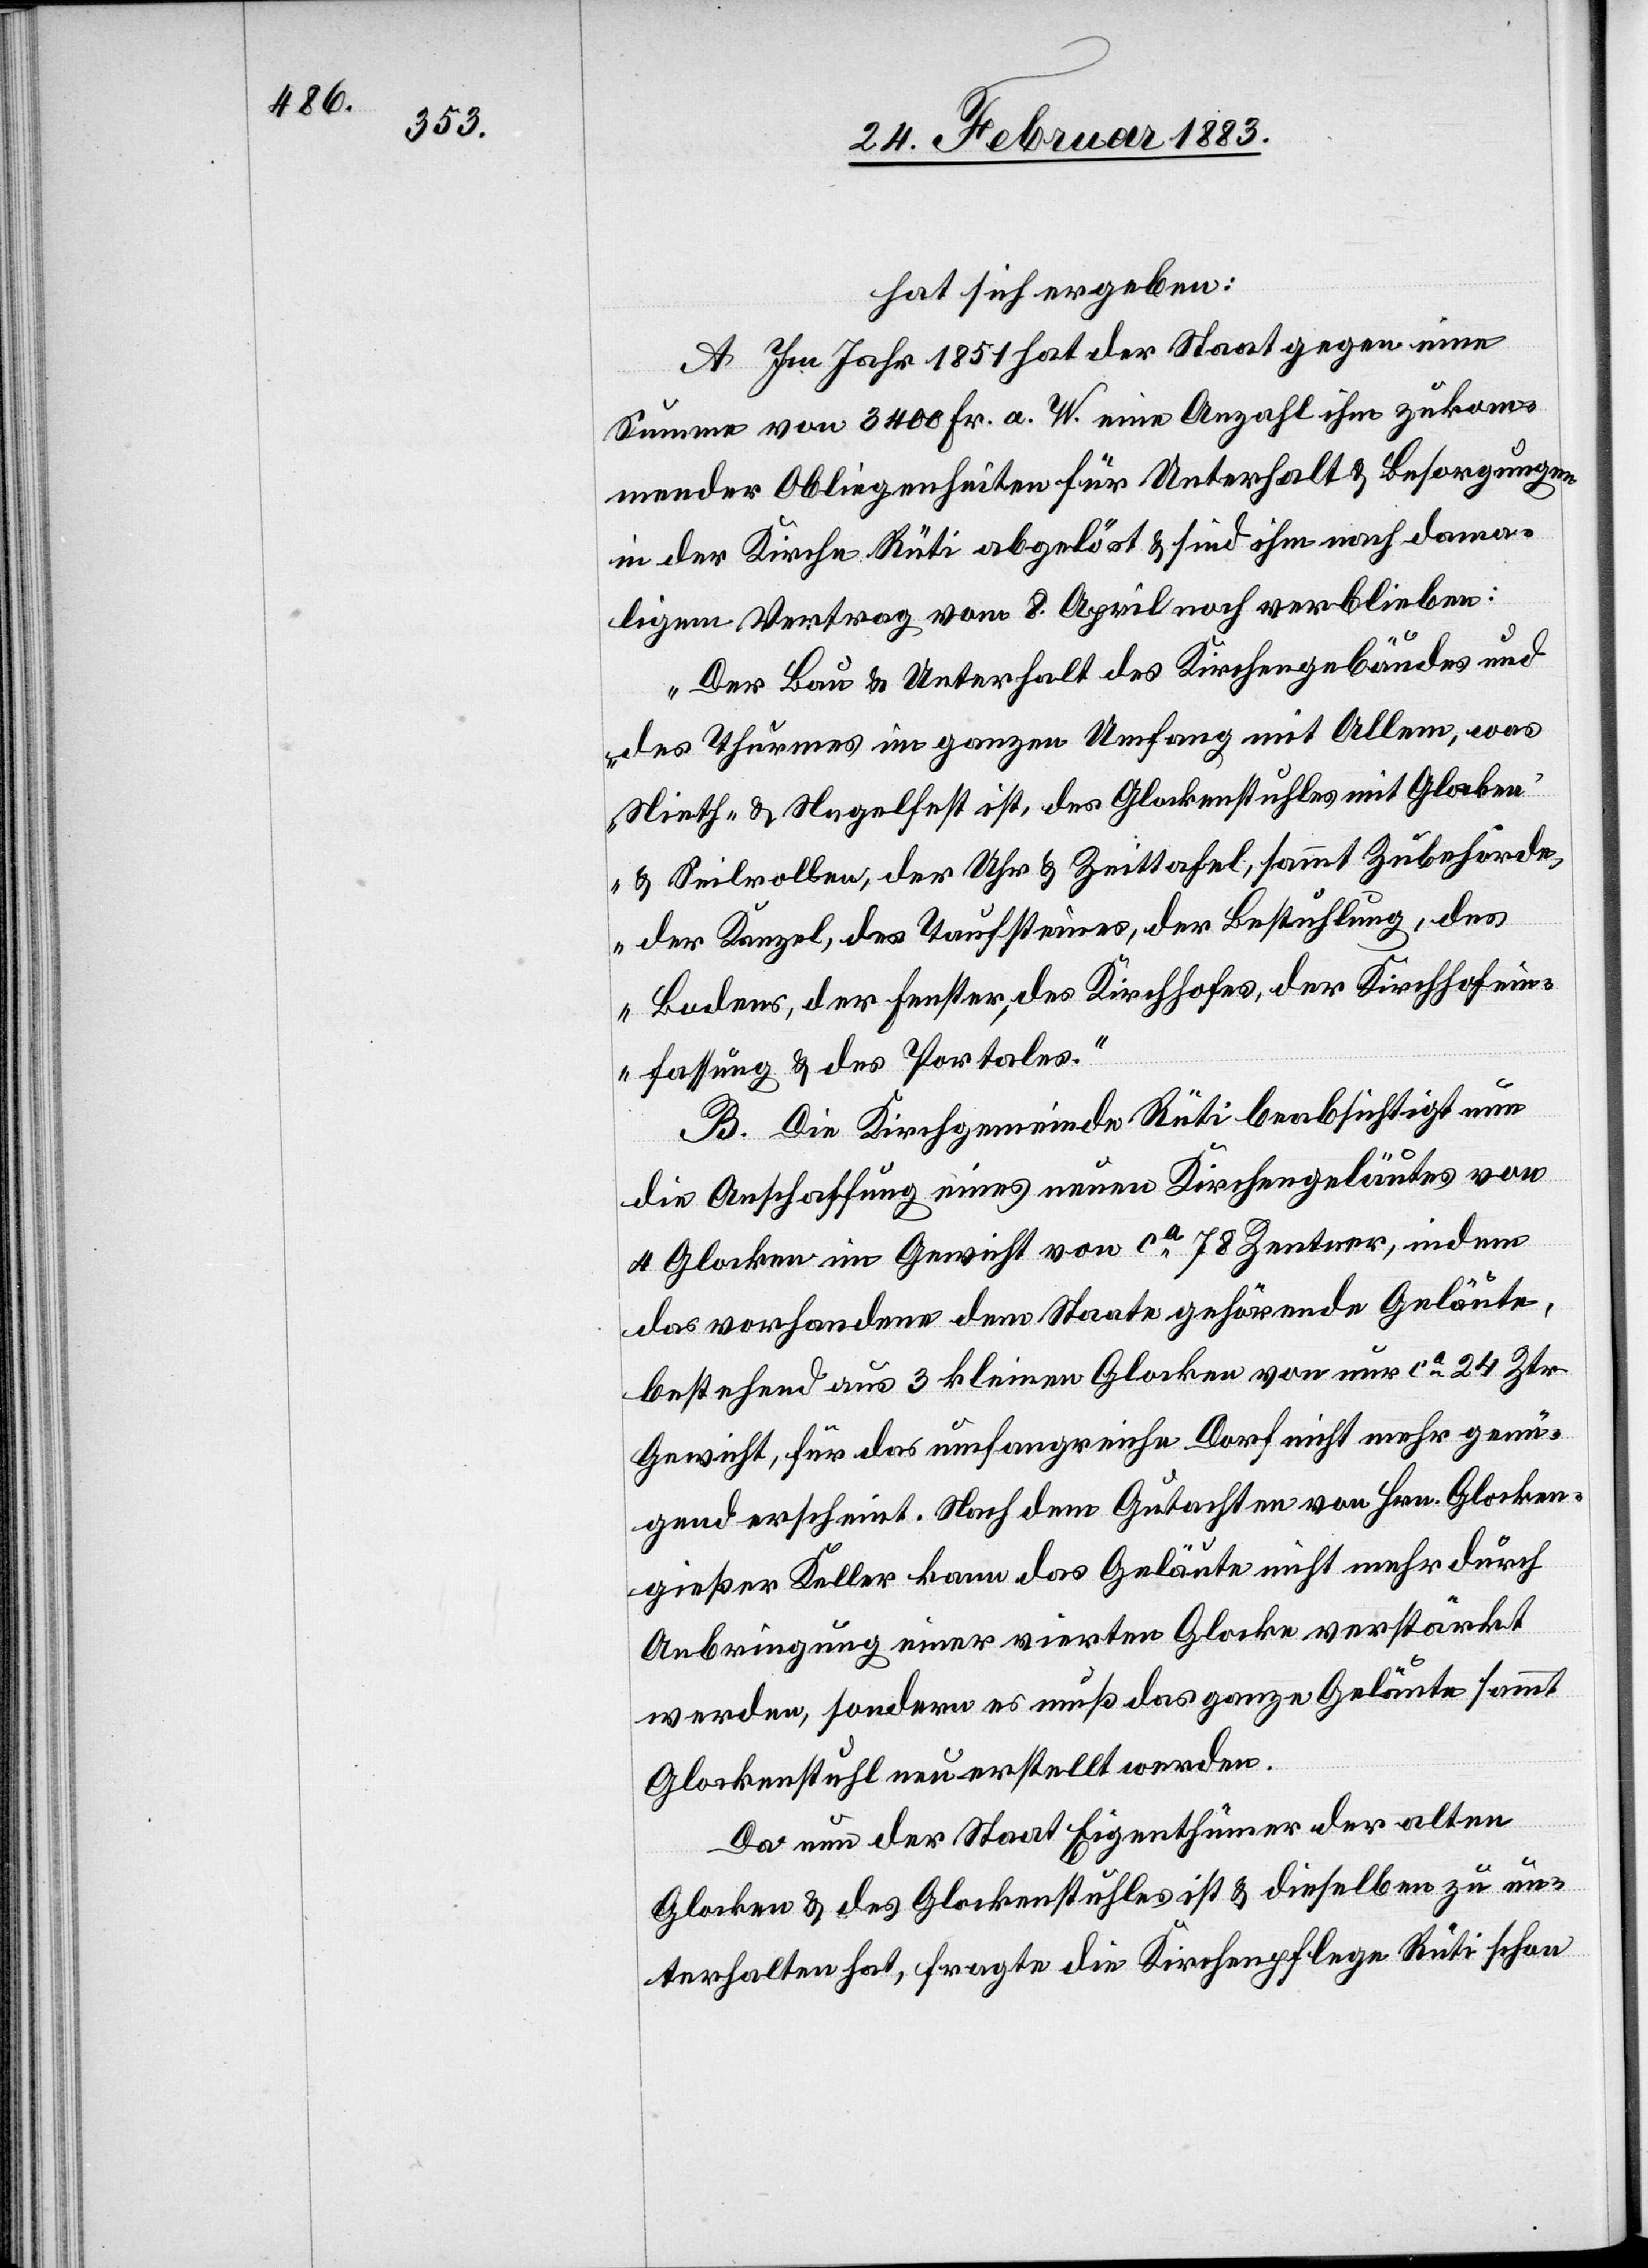
hat sich ergeben:
A. Im Jahr 1851 hat der Staat gegen eine
Summe von 3400 Fr. a. W. eine Anzahl ihm zukom¬
mender Obliegenheiten für Unterhalt & Besorgungen
in der Kirche Rüti abgelöst & sind ihm nach dama¬
ligem Vertrag vom 8. April noch verblieben:
„Der Bau & Unterhalt des Kirchengebäudes und
des Thurmes im ganzen Umfang mit Allem, was
Nieth- & Nagelfest ist, des Glockenstuhles mit Glocken
& Seilrollen, der Uhr & Zeittafel, sammt Zubehörde,
der Kanzel, des Taufsteines, der Bestuhlung, des
Bodens, der Fenster, des Kirchhofes, der Kirchhofein¬
fassung & des Portales.“
B. Die Kirchgemeinde Rüti beabsichtigt nun
die Anschaffung eines neuen Kirchengeläutes von
4 Glocken im Gewicht von ca 78 Zentner, indem
das vorhandene dem Staat gehörende Geläute,
bestehend aus 3 kleinen Glocken von nur ca 24 Ztr
Gewicht, für das umfangreiche Dorf nicht mehr genü¬
gend erscheint. Nach dem Gutachten von Hrn. Glocken¬
gießer Keller kann das Geläute nicht mehr durch
Anbringung einer vierten Glocke verstärkt
werden, sondern es muß das ganze Geläute sammt
Glockenstuhl neu erstellt werden.
Da nun der Staat Eigenthümer der alten
Glocken & des Glockenstuhles ist & dieselben zu un¬
terhalten hat, fragte die Kirchenpflege Rüti schon